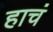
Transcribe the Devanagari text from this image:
हाचं